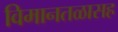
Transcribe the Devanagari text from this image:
विमानतळासह